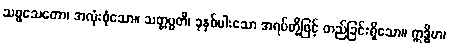
သဗ္ဗသေတော၊ အလုံးစုံသော။ သတ္တပ္ပတိ၊ ခုနှစ်ပါးသော အရပ်တို့ဖြင့် တည်ခြင်းရှိသော။ ဣဒ္ဓိမာ၊